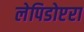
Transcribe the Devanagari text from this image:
लेपिडोप्टरा